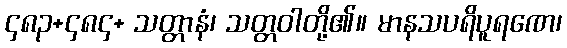
၄၈၃+၄၈၄+ သတ္တာနံ၊ သတ္တဝါတို့၏။ မာနသပရိပူရဏေ၊